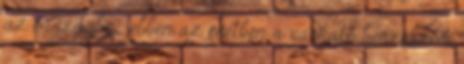
az országba , ebben az esetben a várható beszerzési